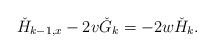
LaTeX: \begin{align*} \check{H}_{k-1,x}-2v\check{G}_{k}=-2w\check{H}_{k}.\end{align*}